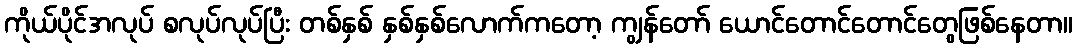
ကိုယ်ပိုင်အလုပ် စလုပ်လုပ်ပြီး တစ်နှစ် နှစ်နှစ်လောက်ကတော့ ကျွန်တော် ယောင်တောင်တောင်တွေဖြစ်နေတာ။